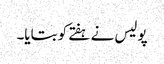
پولیس نے ہفتے کو بتایا۔